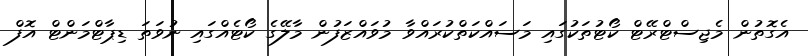
އެގޮތުން މެޖިސްޓްރޭޓް ކޯޓުތަކުގައި މަސައްކަތްކުރައްވާ މުވައްޒަފުން މާލޭގެ ކޯޓެއްގައި ނުވަތަ ޑިޕާޓްމަންޓް އޮފް